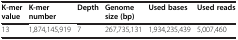
| K-mer value | K-mer number | Depth | Genome size (bp) | Used bases | Used reads |
 | --- | --- | --- | --- | --- | --- |
 | 13 | 1,874,145,919 | 7 | 267,735,131 | 1,934,235,439 | 5,007,460 |